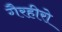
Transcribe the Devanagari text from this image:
गैरहीरो